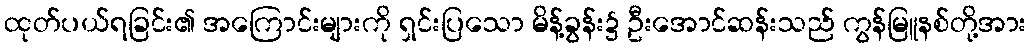
ထုတ်ပယ်ရခြင်း၏ အကြောင်းများကို ရှင်းပြသော မိန့်ခွန်း၌ ဦးအောင်ဆန်းသည် ကွန်မြူနစ်တို့အား